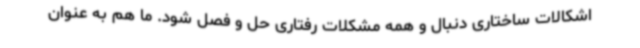
اشکالات ساختاری دنبال و همه مشکلات رفتاری حل و فصل شود. ما هم به عنوان